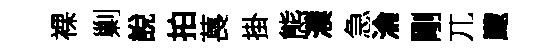
裸剿說拍萇掛態濮急淪剛兀颼